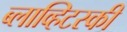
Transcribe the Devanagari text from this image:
ब्लाव्हिटस्‍की